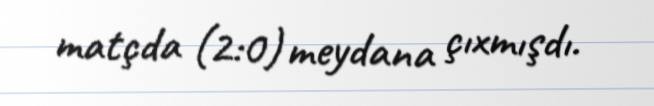
matçda (2:0) meydana çıxmışdı.